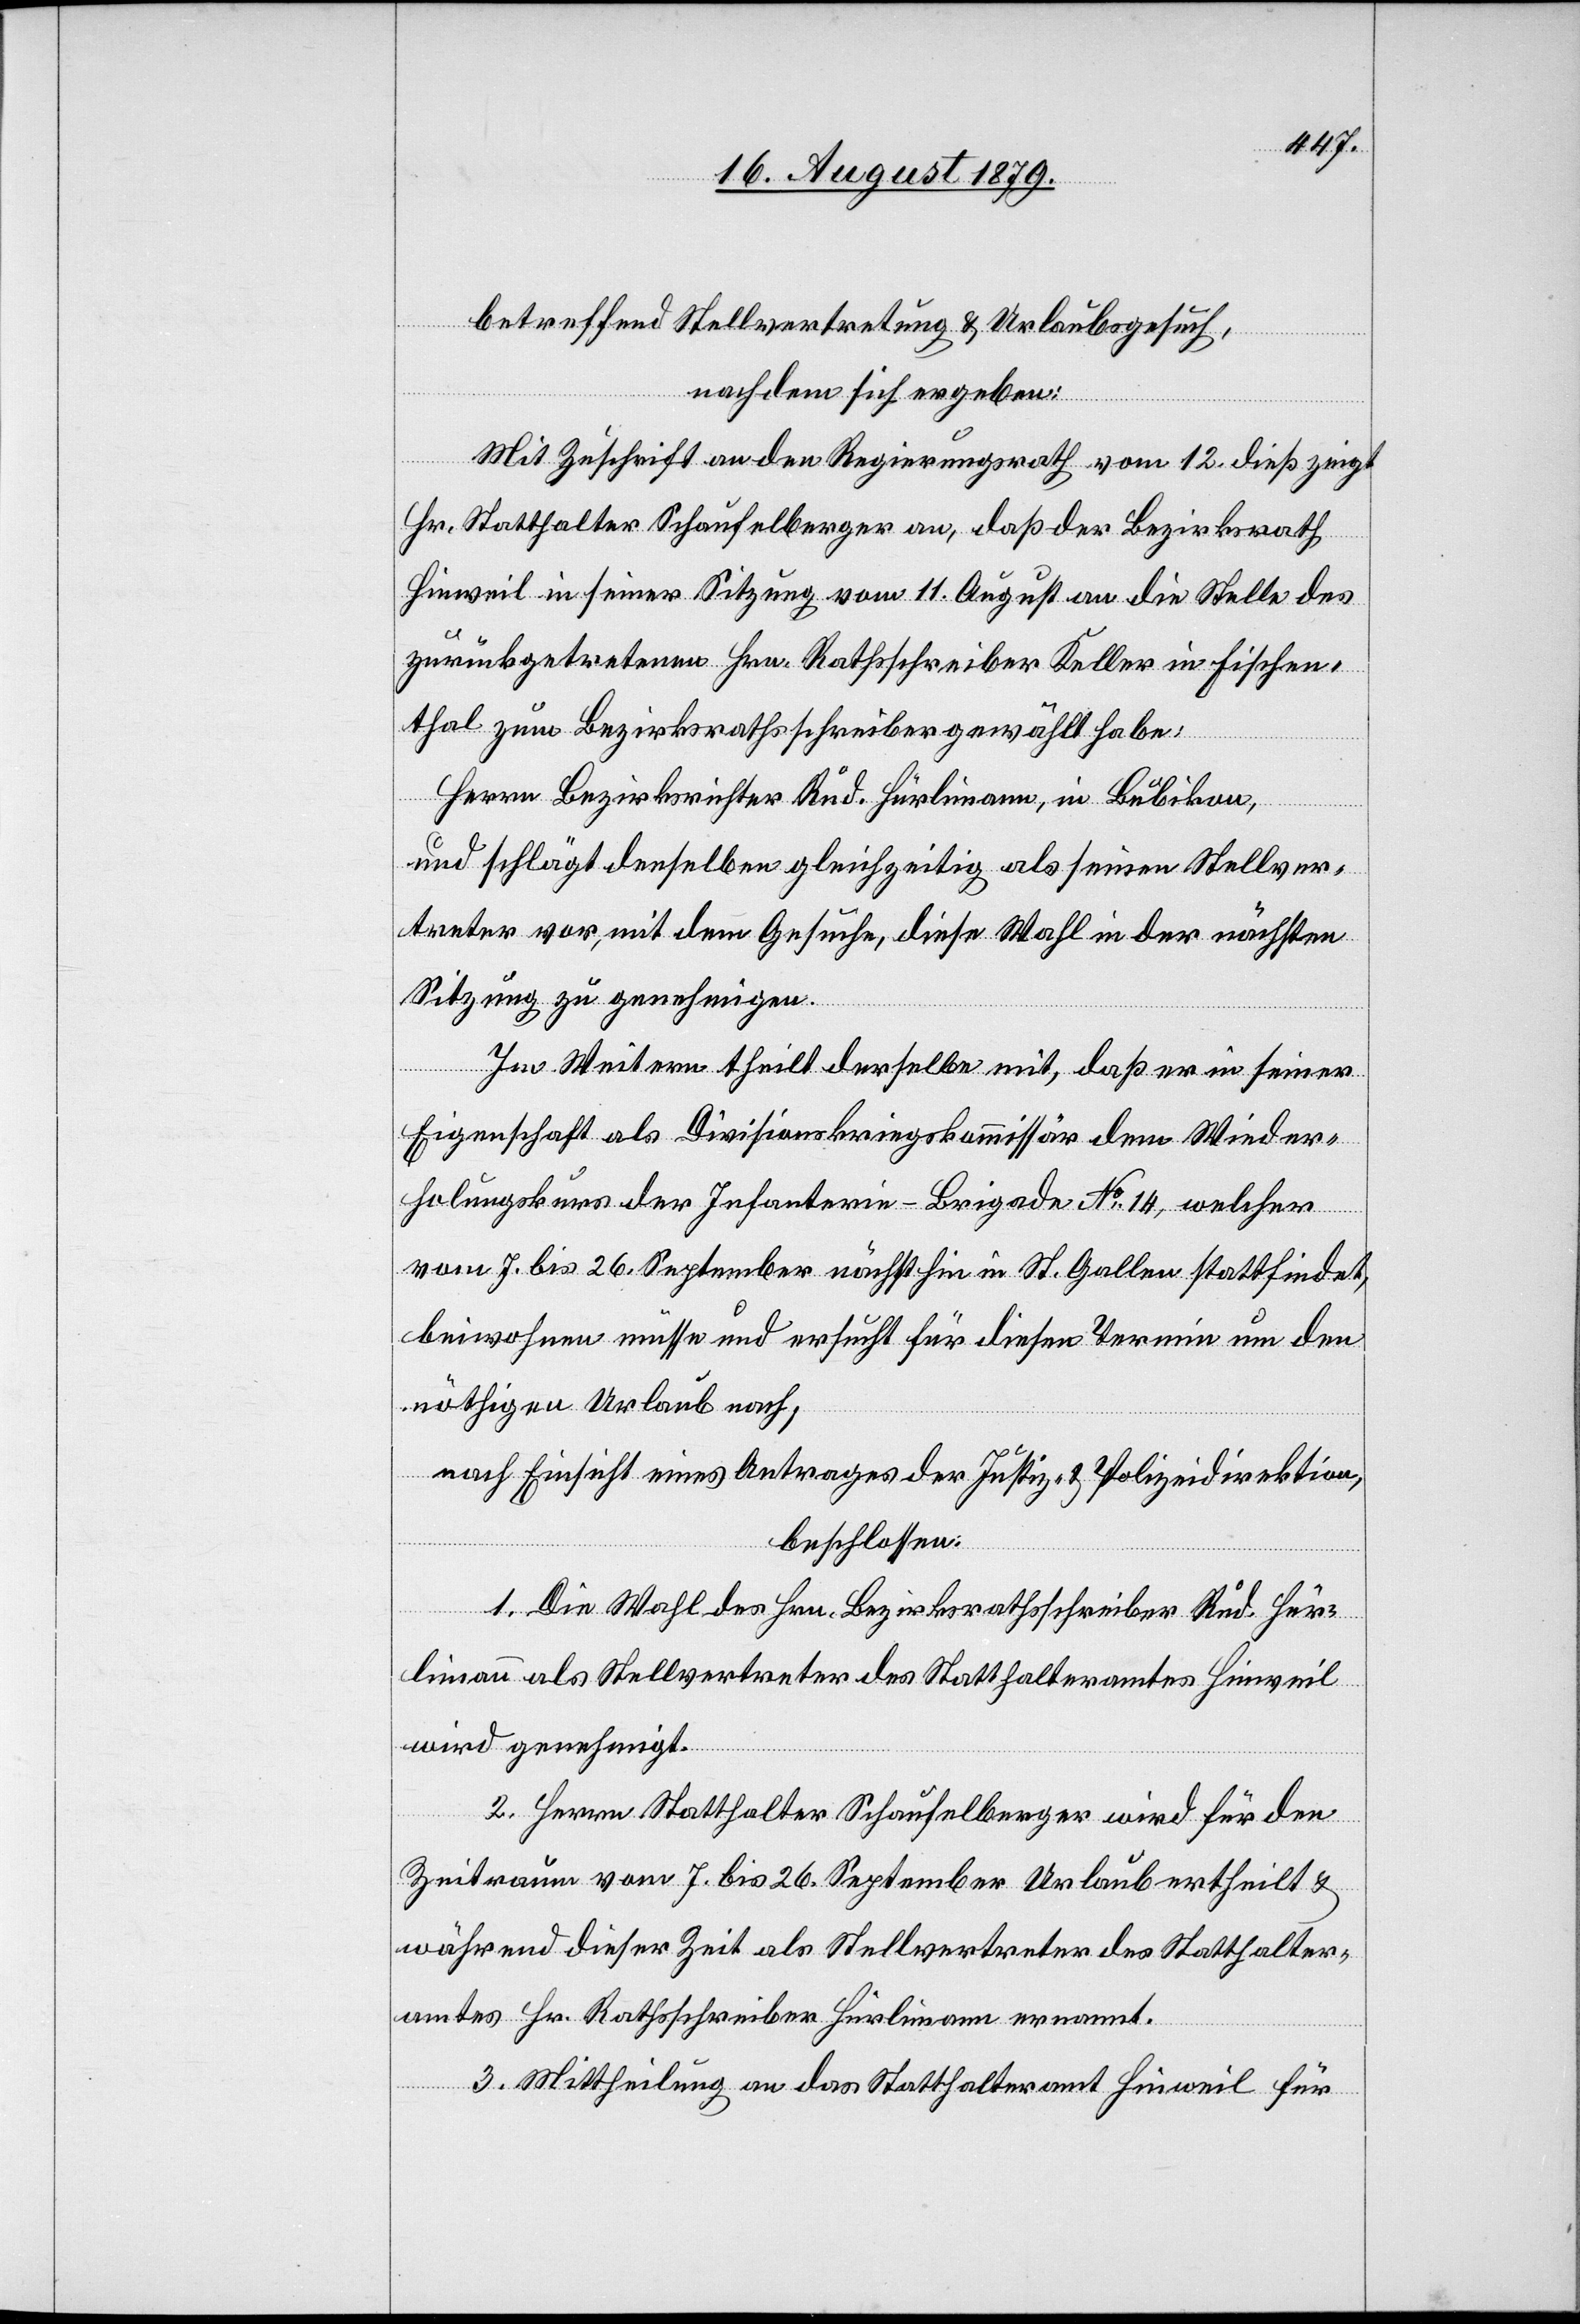
betreffend Stellvertretung & Urlaubsgesuch,
nachdem sich ergeben:
Mit Zuschrift an den Regierungsrath vom 12. dieß zeigt
Hr. Statthalter Schaufelberger an, daß der Bezirksrath
Hinweil in seiner Sitzung vom 11. August an die Stelle des
zurückgetretenen Hrn. Rathsschreiber Keller in Fischen¬
thal zum Bezirksrathsschreiber gewählt habe:
Herrn Bezirksrichter Rud. Hürlimann, in Bubikon,
und schlägt denselben gleichzeitig als seinen Stellver¬
treter vor, mit dem Gesuche, diese Wahl in der nächsten
Sitzung zu genehmigen.
Im Weitern theilt derselbe mit, daß er in seiner
Eigenschaft als Divisionskriegskommissär dem Wieder¬
holungskurs der Infanterie-Brigade No 15, welcher
vom 7. bis 26. September nächsthin in St. Gallen stattfindet,
beiwohnen müsse und ersucht für diesen Termin um den
nöthigen Urlaub nach;
nach Einsicht eines Antrages der Justiz- & Polizeidirektion,
beschlossen:
1. Die Wahl des Hrn. Bezirksrathsschreiber Rud. Hür¬
limann als Stellvertreter des Statthalteramtes Hinweil
wird genehmigt.
2. Herrn Statthalter Schaufelberger wird für den
Zeitraum vom 7. bis 26. September Urlaub ertheilt &
während dieser Zeit als Stellvertreter des Statthalter¬
amtes Hr. Rathsschreiber Hürlimann ernannt.
3. Mittheilung an das Statthalteramt Hinweil für